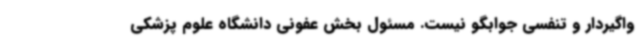
واگیردار و تنفسی جوابگو نیست. مسئول بخش عفونی دانشگاه علوم پزشکی